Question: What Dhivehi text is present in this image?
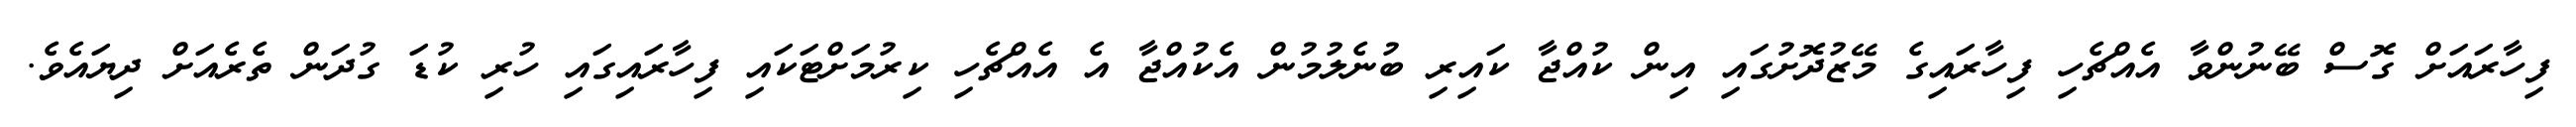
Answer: ފިހާރައަށް ގޮސް ބޭނުންވާ އެއްޗެހި ފިހާރައިގެ މޭޒުދޮށުގައި އިން ކުއްޖާ ކައިރި ބުނެލުމުން އެކުއްޖާ އެ އެއްޗެހި ކިރުމަށްޓަކައި ފިހާރައިގައި ހުރި ކުޑަ ގުދަން ތެރެއަށް ދިޔައެވެ.